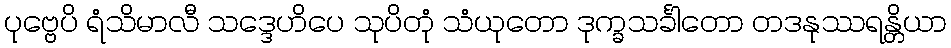
ပုဗ္ဗေပိ ရံသိမာလီ သဒ္ဒေဟိပေ သုပိတုံ သံယုတော ဒုက္ခသင်္ခါတော တဒနုဿရန္တိယာ